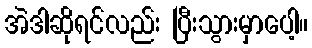
အဲဒါဆိုရင်လည်း ပြီးသွားမှာပေါ့။